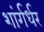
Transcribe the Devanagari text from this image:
शांर्गर्धर